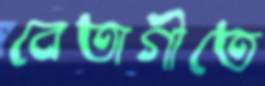
বেতাগীতে